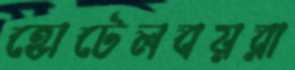
হোটেলবয়রা